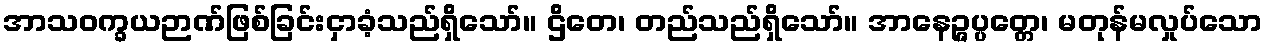
အာသဝက္ခယဉာဏ်ဖြစ်ခြင်းငှာခံ့သည်ရှိသော်။ ဌိတေ၊ တည်သည်ရှိသော်။ အာနေဉ္ဇပ္ပတ္တေ၊ မတုန်မလှုပ်သော